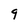
Character: 9